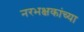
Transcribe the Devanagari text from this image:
नरभक्षकांच्या